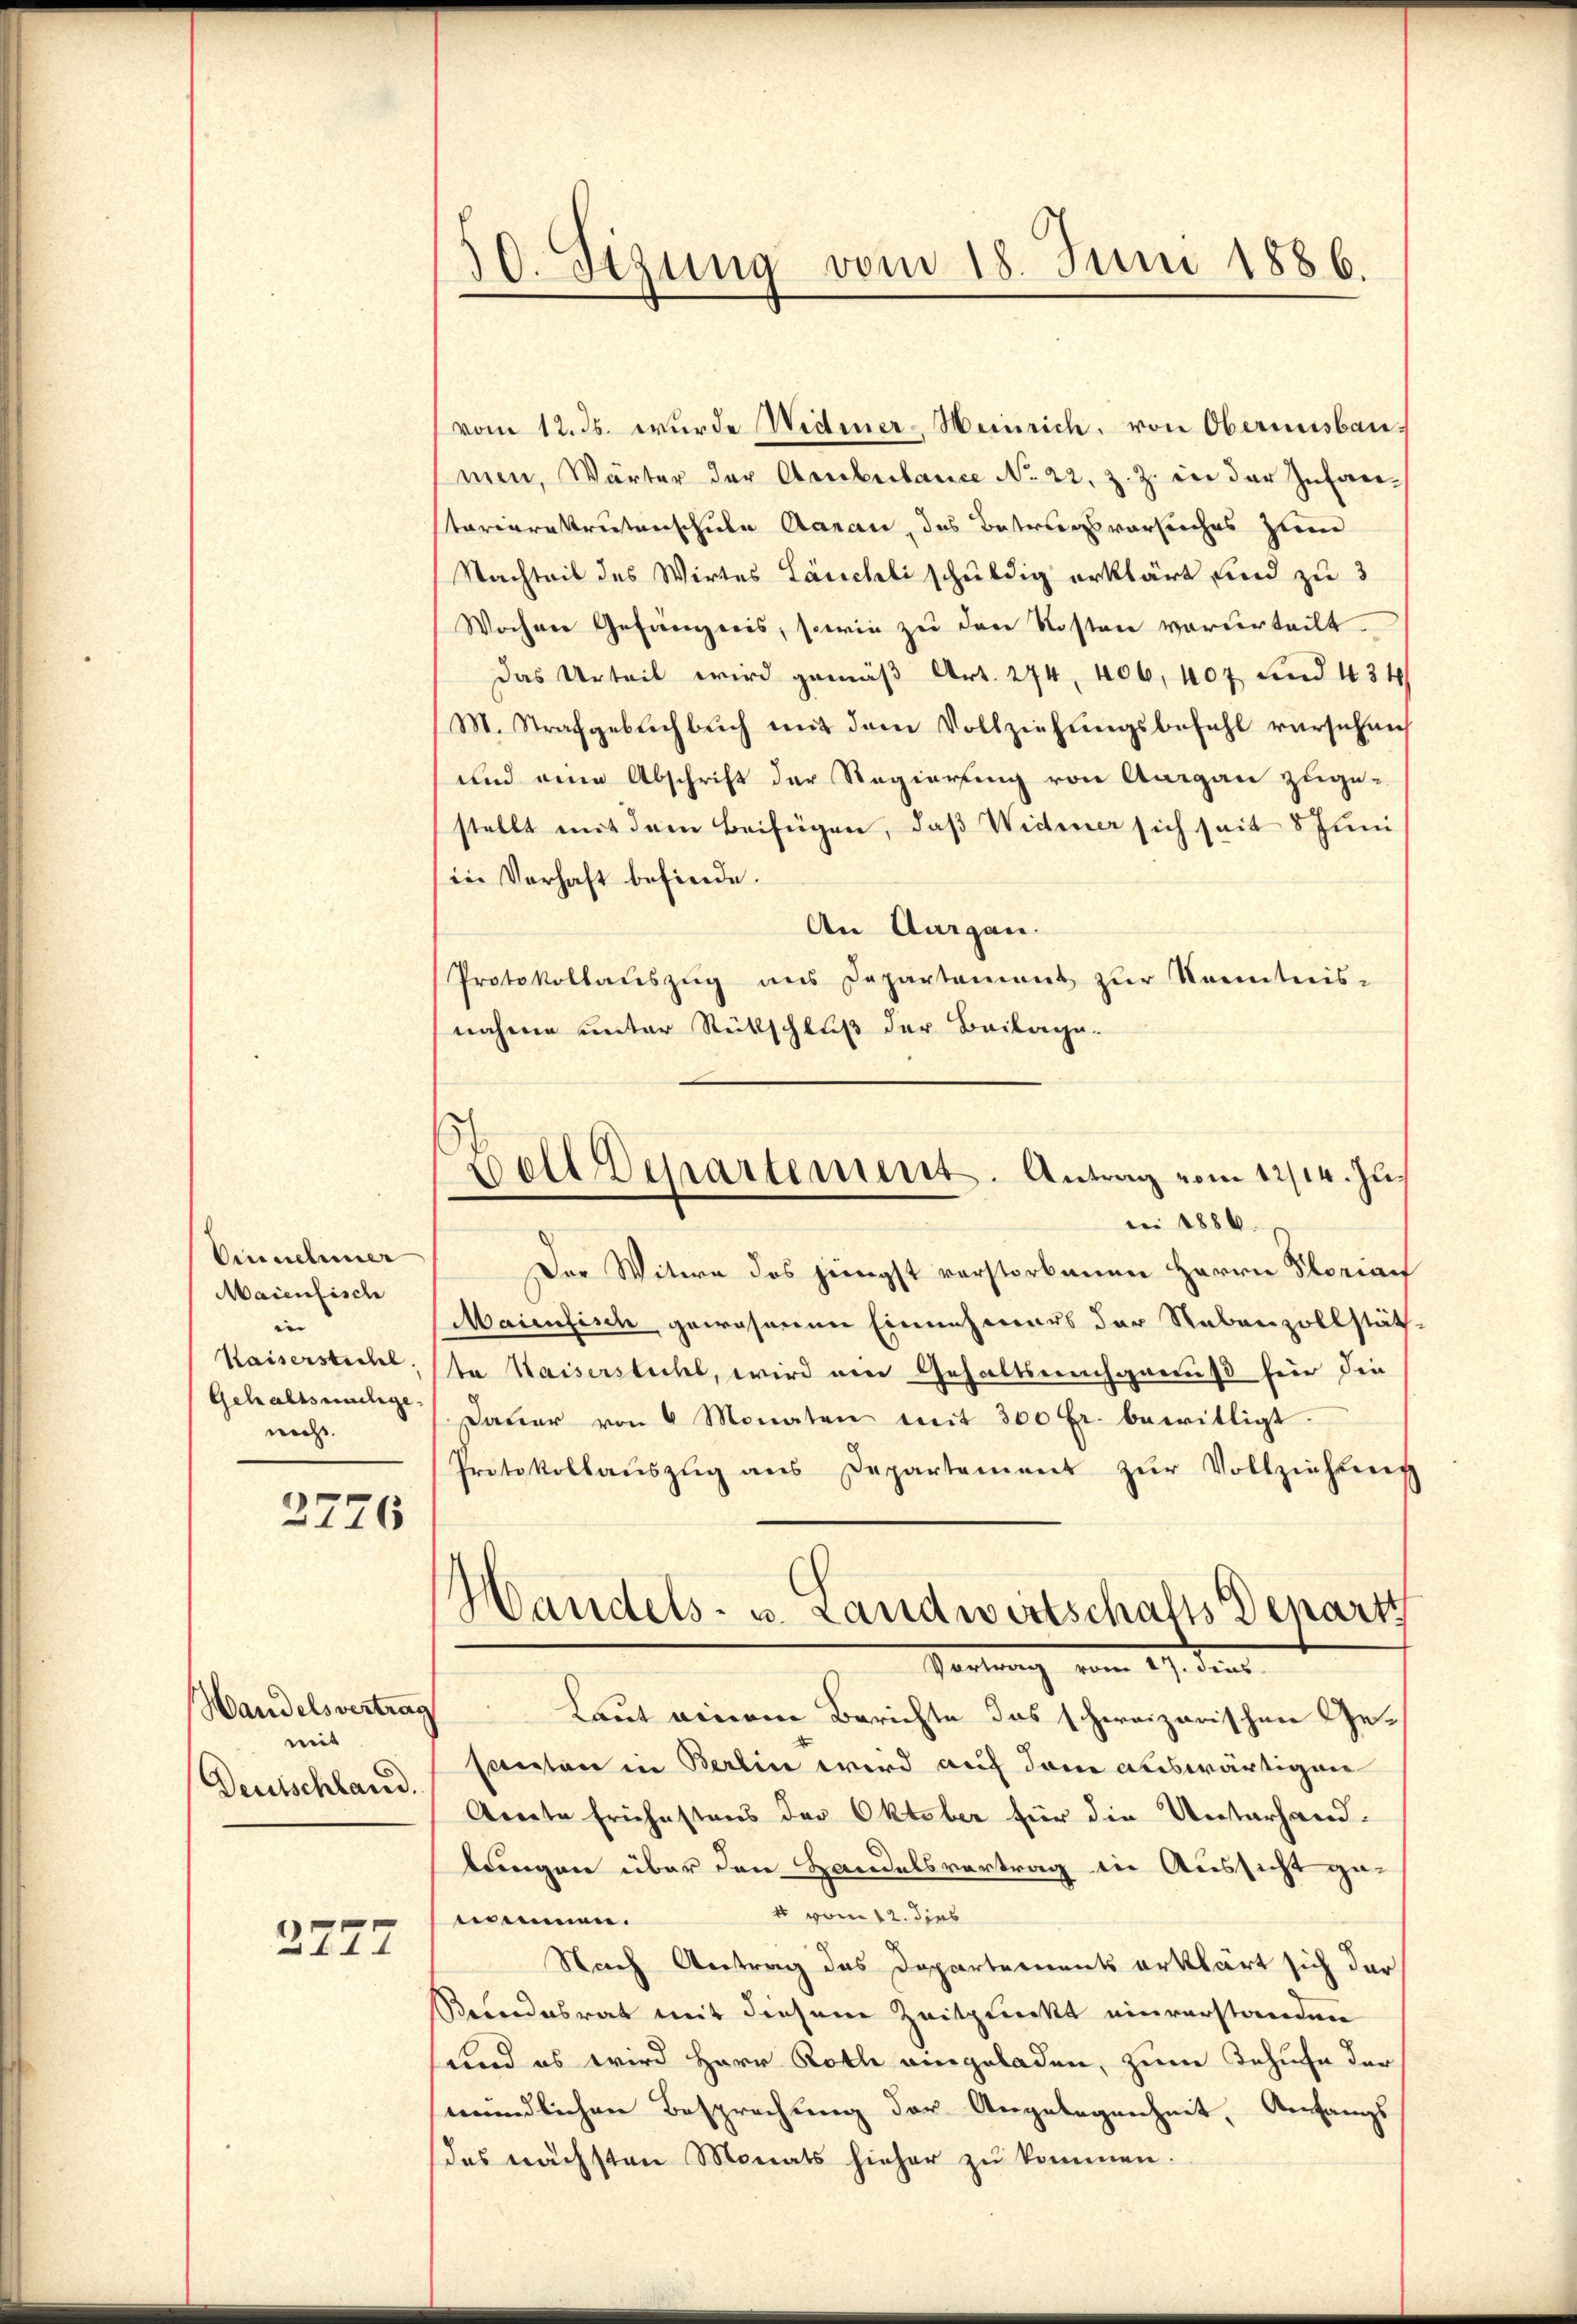
Einnehmer
Maienfisch
 |
Kaiserstichl,
Gehaltsnachgenicht.

2776

Handelsvertrag
weit
Deutschland.

2777

30. Sizung vom 18. Juni 1886.

vom 12. ds. wurde Widmer-Weinrich, von Oberinsbau-
men, Wärter der Ambulance No 22. Z. Z. in der Infantariarekrutenschule Aarau, das Betragsversuches zum
Nachteit des Wirtes Läuchli schuldig erklärt und zu 3
Wochen Gefängnis, sowie zu den Kosten verurteilt.
Das Urteil wird gemäβ Art. 274. 406, 407 und 434
M. Strafgebachbuch mit dem Vollziehungsbefehl versuchen
und eine Abschrift der Regierung von Aargau zuge-
stellt mit dem Beifügen, daß Widmer sich seit 8 Juni
in Verhaft befinde.
An Aargau.
Protokollauszug aus Departamens zur Kenntnis-
nahme unter Rückschluß der Beilage.

well Departement. Antrag vom 12/14. Juni 1886.

Der Witwe des jüngst verstorbenen Herrn Florian
Maienfisch gewesenen Einnahmers der Nebenzollstäthta Kaisersticht, wird am Gehaltsnachgenuß für die
Daŭer von 4 Monaten mit 300 fr. bewilligt.
Protokollaŭszŭg ans Departement zŭr Vollziehung
Laut einem Berichte das schweizerischen Gesanten in Berlin wird auf dem auswärtigen
Amte frühestens der Oktober für die Unterhandlungen über den Handelsvertrag in Aussicht ge¬
4 vom 12. dies
nommen.
Nach Antrag des Departements erklärt sich der
Beendesrat mit diesem Zeitpunkt einverstanden
und es wird Herr Roth eingeladen, zum Behufe der
mündlichen Besprechung der Angelegenheit, Anfangs
das nächsten Monats hieher zu kommen.

Handels- u. Landwirtschafts Depart
Portung vom 27. Jenn